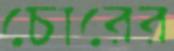
চোরের